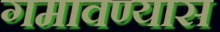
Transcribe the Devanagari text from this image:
गमावण्यास